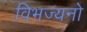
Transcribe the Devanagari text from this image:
विभज्यनो